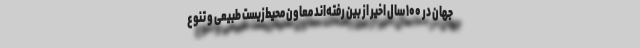
جهان در ۱۰۰ سال اخیر از بین رفته‌اند معاون محیط‌زیست طبیعی و تنوع